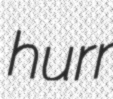
hurr